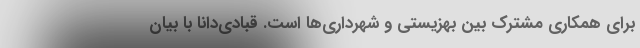
برای همکاری مشترک بین بهزیستی و شهرداری‌ها است. قبادی‌دانا با بیان